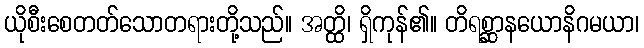
ယိုစီးစေတတ်သောတရားတို့သည်။ အတ္ထိ၊ ရှိကုန်၏။ တိရစ္ဆာနယောနိဂမယာ၊